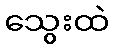
သွေးထဲ